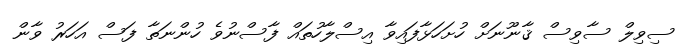
ސިވިލް ސާވިސް ޤާނޫނަށް ހުށަހަޅާފައިވާ އިސްލާހުތައް ފާސްނުވެ ހުންނަތާ ފަސް އަހަރު ވާން